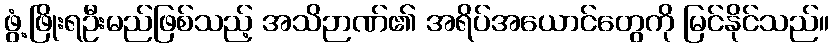
ဖွံ့ဖြိုးရဦးမည်ဖြစ်သည့် အသိဉာဏ်၏ အရိပ်အယောင်တွေကို မြင်နိုင်သည်။